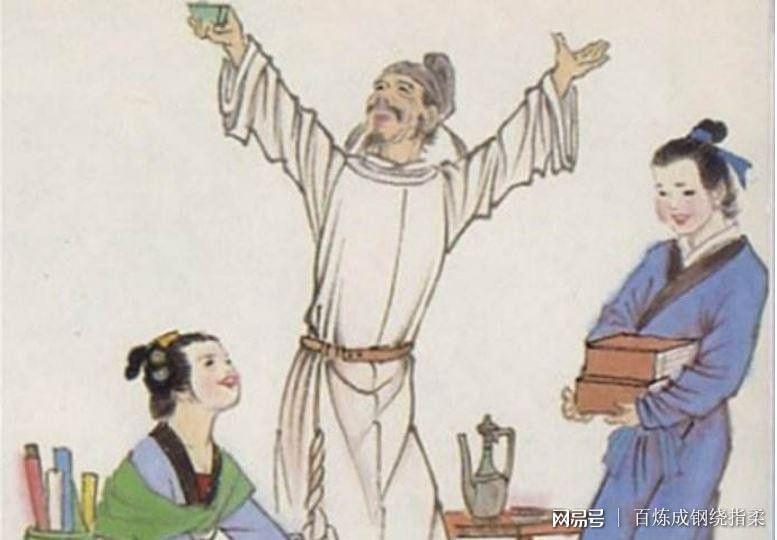
剑外忽传收蓟北，初闻涕泪满衣裳。